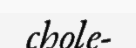
chole-